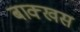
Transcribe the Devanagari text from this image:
बाक्खस